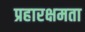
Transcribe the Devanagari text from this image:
प्रहारक्षमता